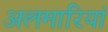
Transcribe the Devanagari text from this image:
अलमारियां